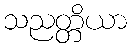
သညတ္တိယာ